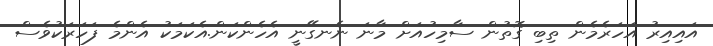
އައިއިރު އަހަރެމެން ތިބި ގޮތުން ސާމިހުއަށް މާނަ ނެނގޭނީ އެހެންކަން.އެކަމަކު އެންމެ ފަހަރަކުވެސް